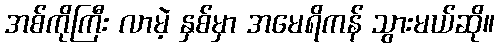
အစ်ကိုကြီး လာမဲ့ နှစ်မှာ အမေရိကန် သွားမယ်ဆို။